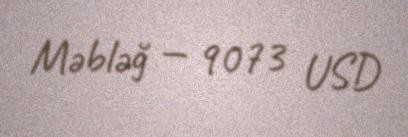
Məbləğ — 9073 USD